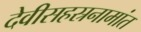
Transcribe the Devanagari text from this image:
देवीसहस्रनामांत